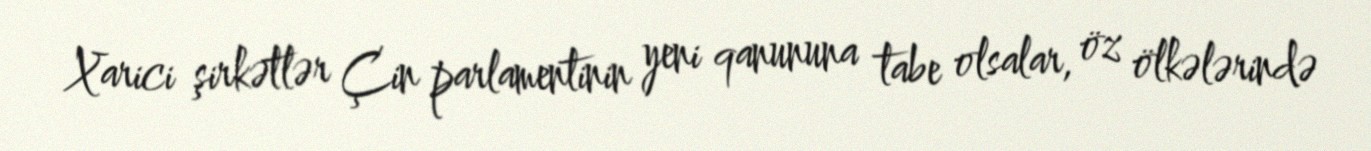
Xarici şirkətlər Çin parlamentinin yeni qanununa tabe olsalar, öz ölkələrində